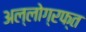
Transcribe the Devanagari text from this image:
अल्लोग्रफ्त